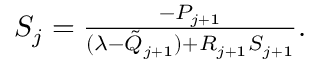
\begin{array} { r } { S _ { j } = \frac { - P _ { j + 1 } } { ( \lambda - \tilde { Q } _ { j + 1 } ) + R _ { j + 1 } S _ { j + 1 } } . } \end{array}